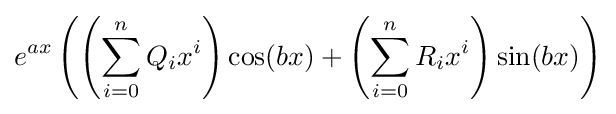
e^{ax}\left(\left(\sum _{i=0}^{n}Q_{i}x^{i}\right)\cos(bx)+\left(\sum _{i=0}^{n}R_{i}x^{i}\right)\sin(bx)\right)